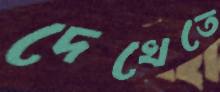
দেখেতে